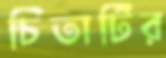
চিতাটির